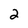
Character: 2